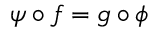
\psi \circ f = g \circ \phi